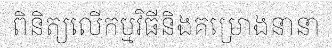
ពិនិត្យលើកម្មវិធីនិងគម្រោងនានា